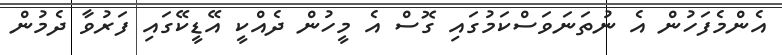
އެންމެފަހުން އެ ނުތަނަވަސްކަމުގައި ގޮސް އެ މީހުން ދެއްކީ އޭޑީކޭގައި ފަރުވާ ދެމުން